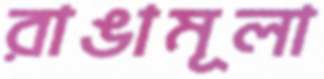
রাঙামূলা